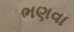
ભણવા